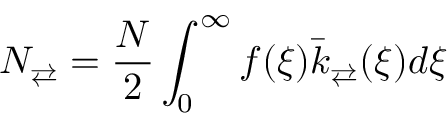
N _ { \rightleftarrows } = \frac { N } { 2 } \int _ { 0 } ^ { \infty } f ( \xi ) \bar { k } _ { \rightleftarrows } ( \xi ) d \xi